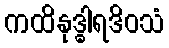
ကထိနုဒ္ဓါရဒိဝသံ